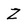
Character: Z